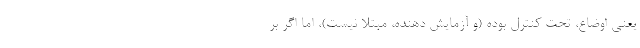
یعنی اوضاع، تحت کنترل بوده (و آزمایش دهنده، مبتلا نیست)، اما اگر بر